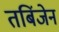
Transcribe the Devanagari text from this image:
तबिंजेन